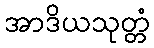
အာဒိယသုတ္တံ